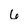
Character: 6